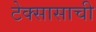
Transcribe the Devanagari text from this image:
टेक्सासाची